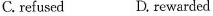
C. refused D, rewarded